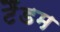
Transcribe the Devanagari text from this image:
टैंडम